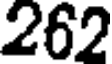
262